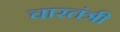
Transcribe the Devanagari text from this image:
चारतंत्री